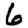
Digit: 6